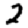
Digit: 2